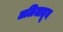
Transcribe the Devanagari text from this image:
लळितातून